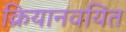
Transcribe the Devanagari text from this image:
क्रियानवयित